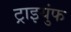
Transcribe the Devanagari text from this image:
ट्राइयुंफ